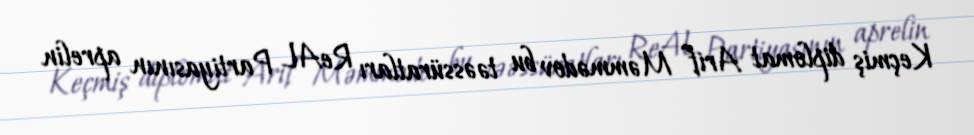
Keçmiş diplomat Arif Məmmədov bu təəssüratları ReAL Partiyasının aprelin